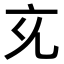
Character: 𭀚